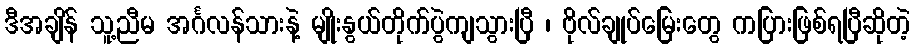
ဒီအချိန် သူ့ညီမ အင်္ဂလန်သားနဲ့ မျိုးနွယ်တိုက်ပွဲကျသွားပြီ ၊ ဗိုလ်ချုပ်မြေးတွေ ကပြားဖြစ်ရပြီဆိုတဲ့